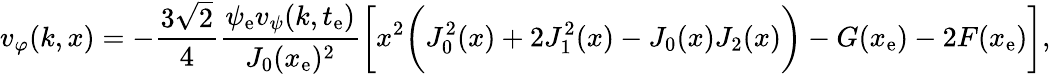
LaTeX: v_{\varphi}(k,x)=-\frac{3\sqrt{2}}{4}\frac{\psi_{\mathrm{e}}v_{\psi}(k,t_{\mathrm{e}})}{J_{0}(x_{\mathrm{e}})^{2}}\biggl[x^{2}\biggl(J_{0}^{2}(x)+2J_{1}^{2}(x)-J_{0}(x)J_{2}(x)\biggr)-G(x_{\mathrm{e}})-2F(x_{\mathrm{e}})\biggr],